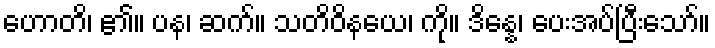
ဟောတိ၊ ၏။ ပန၊ ဆက်။ သတိဝိနယေ၊ ကို။ ဒိန္နေ၊ ပေးအပ်ပြီးသော်။